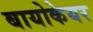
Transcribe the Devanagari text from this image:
बायोकेयर